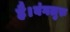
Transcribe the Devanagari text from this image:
है।बंगलुरु